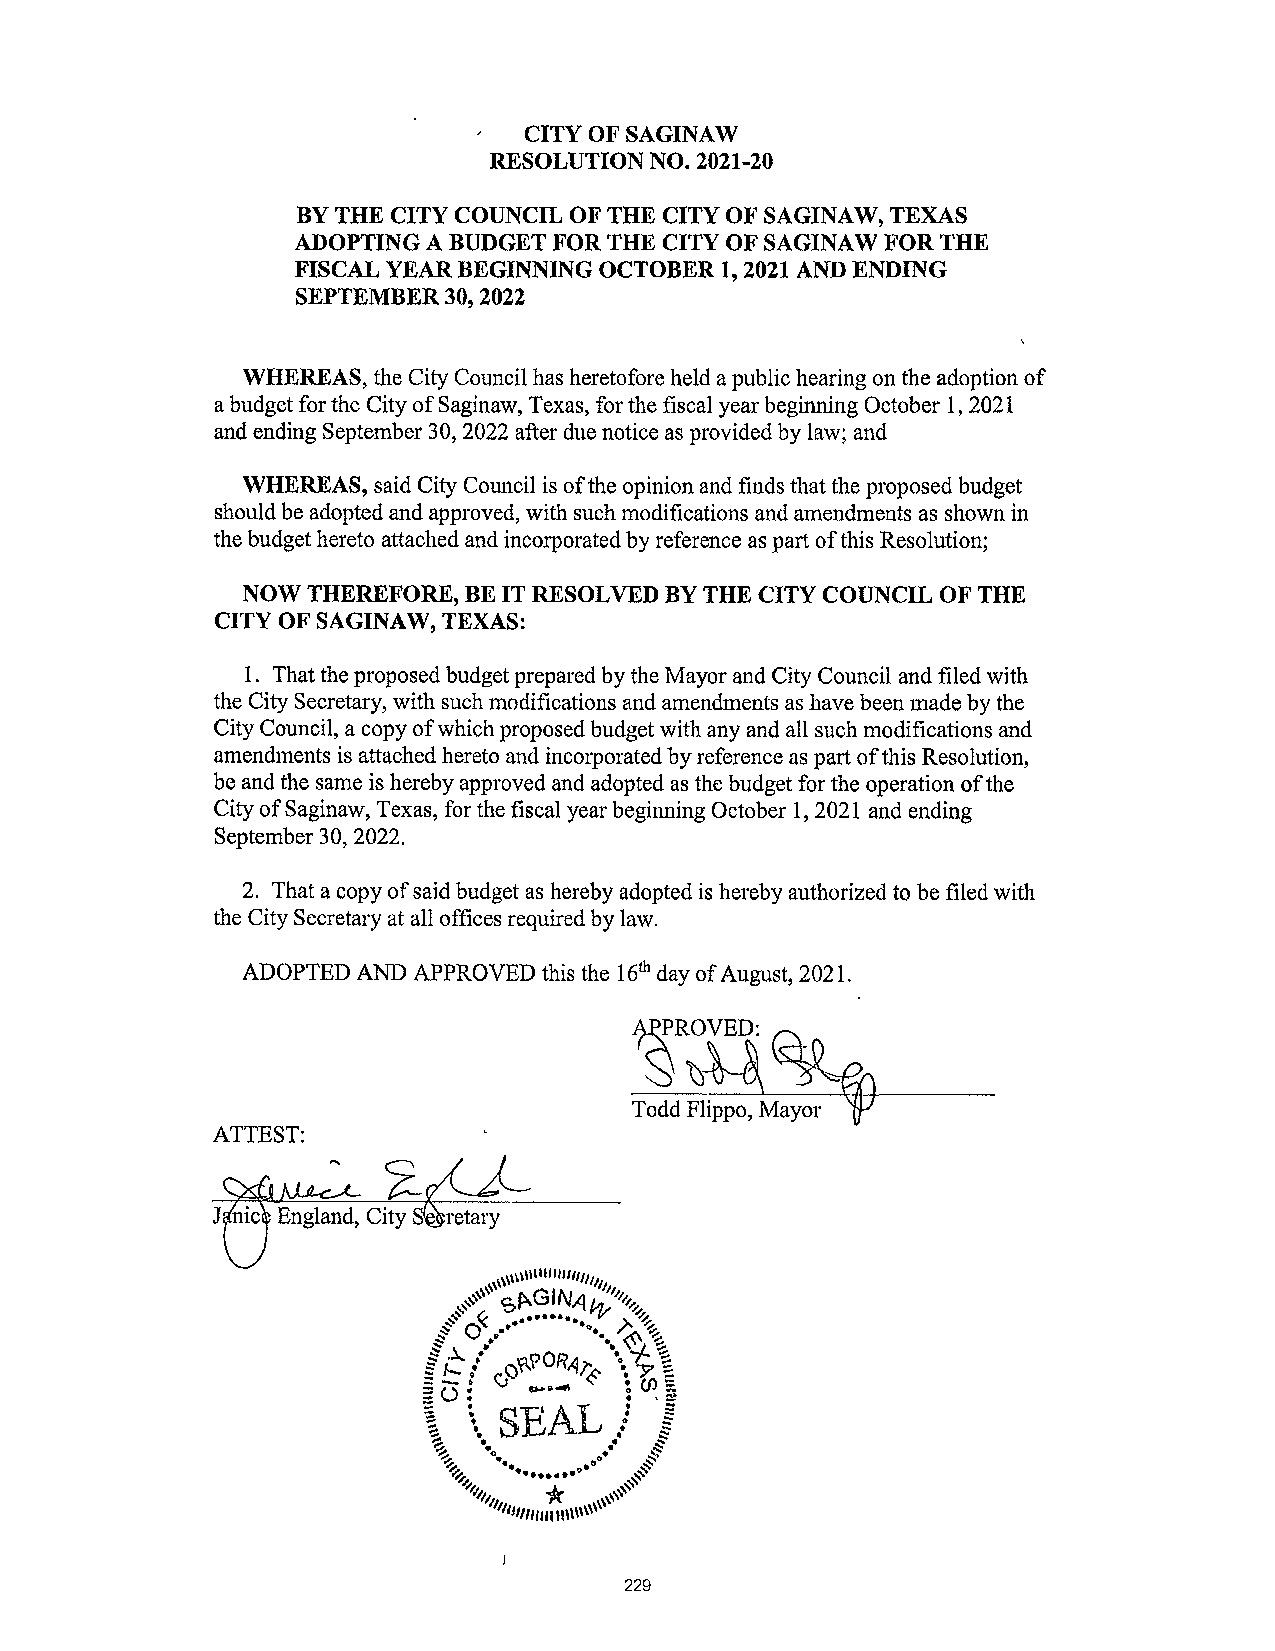
CITY OF SAGINAW
 RESOLUTION NO. 2021-20
 BY THE CITY COUNCIL OF THE CITY OF SAGINAW, TEXAS
 ADOPTING A BUDGET FOR THE CITY OF SAGINAW FOR THE
 FISCAL YEAR BEGINNING OCTOBER 1, 2021 AND ENDING
 SEPTEMBER 30, 2022
 WHEREAS, the City Council has heretofore held a public hearing on the adoption of
 a budget for the City of Saginaw, Texas, for the fiscal year beginning October 1, 2021
 and ending September 30, 2022 after due notice as provided by law; and
 WHEREAS, said City Council is of the opinion and finds that the proposed budget
 should be adopted and approved, with such modifications and amendments as shown in
 the budget hereto attached and incorporated by reference as part of this Resolution;
 NOW THEREFORE, BE IT RESOLVED BY THE CITY COUNCIL OF THE
 CITY OF SAGINAW, TEXAS:
 1. That the proposed budget prepared by the Mayor and City Council and filed with
 the City Secretary, with such modifications and amendments as have been made by the
 City Council, a copy of which proposed budget with any and all such modifications and
 amendments is attached hereto and incorporated by reference as part of this Resolution,
 be and the same is hereby approved and adopted as the budget for the operation of the
 City of Saginaw, Texas, for the fiscal year beginning October 1, 2021 and ending
 September 30, 2022.
 2. That a copy of said budget as hereby adopted is hereby authorized to be filed with
 the City Secretary at all offices required by law.
 ADOPTED AND APPROVED this the 16th day of August, 2021.
 PROVED:
 Todd Flippo, Mayor
 ATTEST:
 229